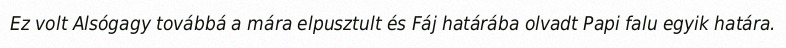
Ez volt Alsógagy továbbá a mára elpusztult és Fáj határába olvadt Papi falu egyik határa.